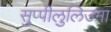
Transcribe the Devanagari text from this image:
सुप्पीलुलिउमा